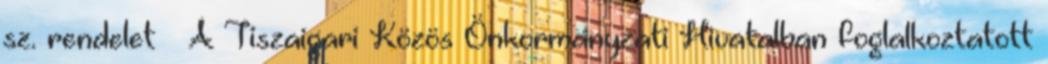
sz. rendelet – A Tiszaigari Közös Önkormányzati Hivatalban foglalkoztatott